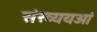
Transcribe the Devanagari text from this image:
संख्ययओं